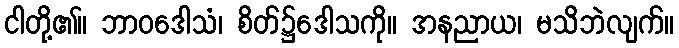
ငါတို့၏။ ဘာဝဒေါသံ၊ စိတ်၌ဒေါသကို။ အနညာယ၊ မသိဘဲလျက်။